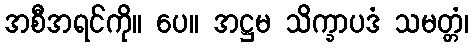
အစီအရင်ကို။ ပေ။ အဋ္ဌမ သိက္ခာပဒံ သမတ္တံ၊